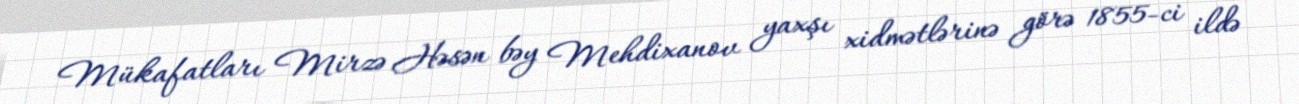
Mükafatları Mirzə Həsən bəy Mehdixanov yaxşı xidmətlərinə görə 1855-ci ildə